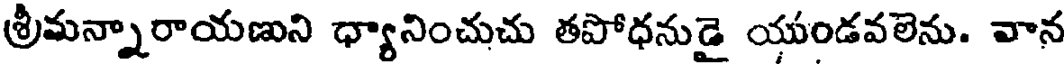
శ్రీమన్నారాయణుని ధ్యానించుచు తపోధనుడై యుండవలెను. వాన